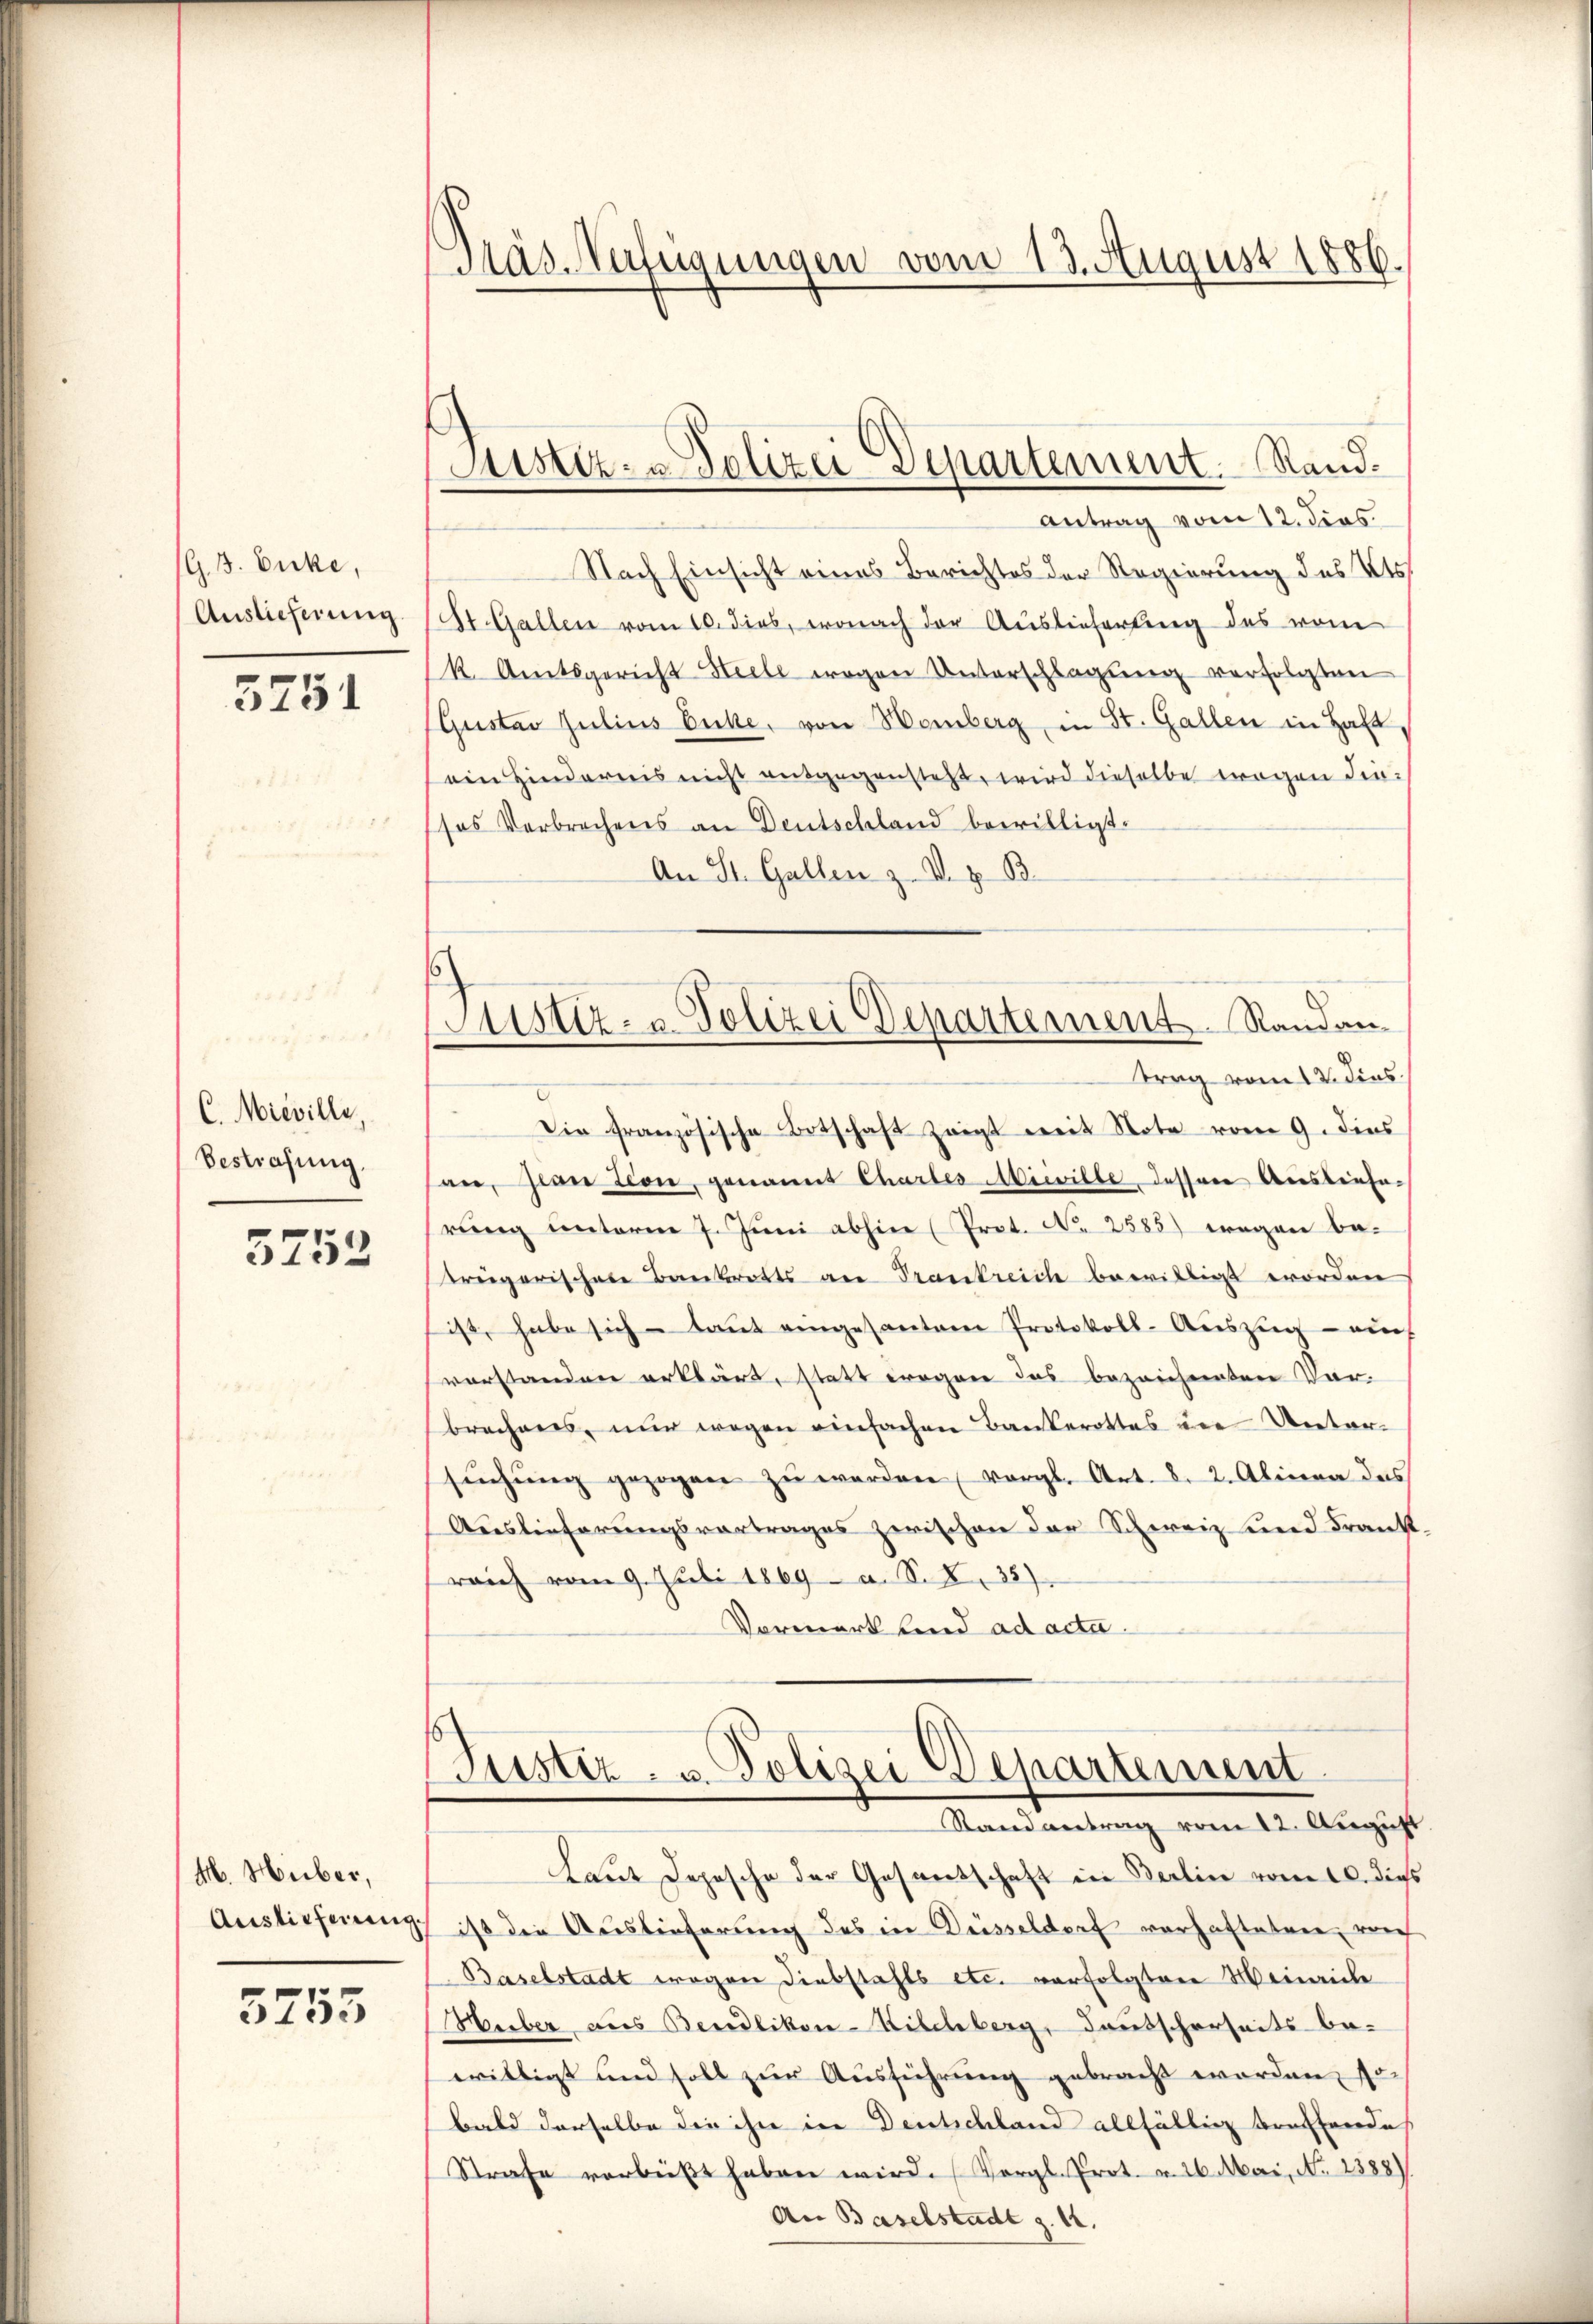
G. B. Bicke,
Auslieferung.

5751

C. Mieville,
Bestrafung.

5753

M. Huber,
Auslieferung.

5755

Mas Verfügungen vom 13. August 1886.

Justiz- Polizei Departement. Sand¬

Antrag vom 12. dies
Nach Einsicht eines Berichtes der Regierung des Kts.
St. Gallen vom 10. dies, wonach der Auslieferung des vom
k. Amtsgericht Heile wegen Unterschlagung verfolgten
Gustav Julius Bicke, von Homberg, in St. Gallen in Halt,
ein Hindernis nicht ausgegensteht, wird dieselbe wegen diesos Verbrechens an Deutschland bewilligt.
An St. Gallen z. B. z. B.
Die französische Ortschaft zeigt mit Note vom 9. dies
an, Glan Lion, genannt Chartes Miwille dessene Auslieferung unterm 7. Juni abhin (Prot. No 2585) wegen betregarischere Bankrotts an Trankreich bewilligt worden
ist, habe sich laut eingesanten Protokoll-Auszug - auch
vorstanden erklärt, statt wegen das bezeichneten Vor-
brechens, nur wegen einfachen Bankerottes die Unter-
sŭchŭng gezogen zŭ werden vergl. Art. d. 2. Alina das
Auslieferungsvortrages zwischen der Schweiz und Frank
reich vom 9. Juli 1869 u. S. 33).
Vormerk und ad acta.

Justiz- u. Polizei Departement Randantrag vom 12. dies

(Justiz- u. Polizei Departement
Stand antrag vom 12. August

Laut Deposche der Gesandschaft in Berlin vom 20. dieß
ist die Auslieferung des in Düsseldorf vorhafteten, vorh
Baselstadt wegen Diebstahls etc. verfolgten Weinrich
Huber aus Bendlikon-Kilchberg, Tautscherheits be-
willigt und soll zur Ausführung gebracht worden, so
bald derselbe die ihn in Deutschland allfällig treffende
Strafe verbüßt haben wird. (Vergl. Prot. v. 26. Mai, No 2388)
An Baselstadt z. 12.